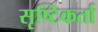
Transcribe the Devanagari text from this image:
सृष्‍टिकर्ता